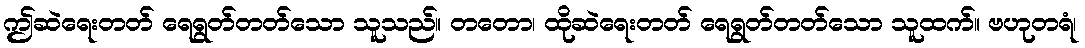
ဤဆဲရေးတတ် ရေရွတ်တတ်သော သူသည်။ တတော၊ ထိုဆဲရေးတတ် ရေရွတ်တတ်သော သူထက်။ ဗဟုတရံ၊